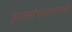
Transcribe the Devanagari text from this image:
द्रव्यांबाबतची